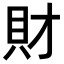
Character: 財